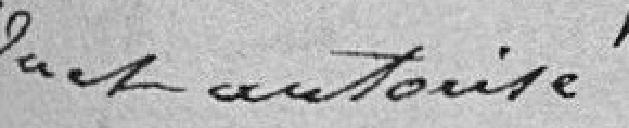
Vu et autorisé